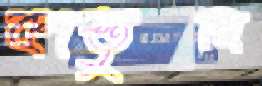
কাস্তুল